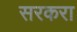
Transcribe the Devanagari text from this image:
सरकरा